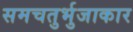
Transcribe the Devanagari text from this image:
समचतुर्भुजाकार